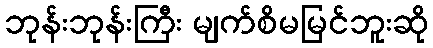
ဘုန်းဘုန်းကြီး မျက်စိမမြင်ဘူးဆို